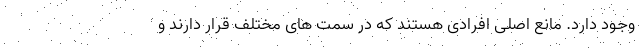
وجود دارد. مانع اصلی افرادی هستند که در سمت های مختلف قرار دارند و